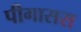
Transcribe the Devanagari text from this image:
पीगासस